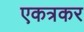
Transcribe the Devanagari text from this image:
एकत्रकर